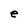
Character: e